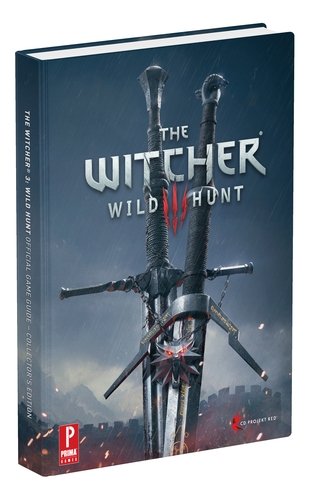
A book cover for The Witcher 3:  Wild Hunt Collector's Edition: Prima Official Game Guide; David Hodgson; Humor & Entertainment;